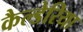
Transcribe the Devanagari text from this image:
कैल्डेरिया